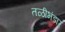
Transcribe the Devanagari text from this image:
तळीभंडार